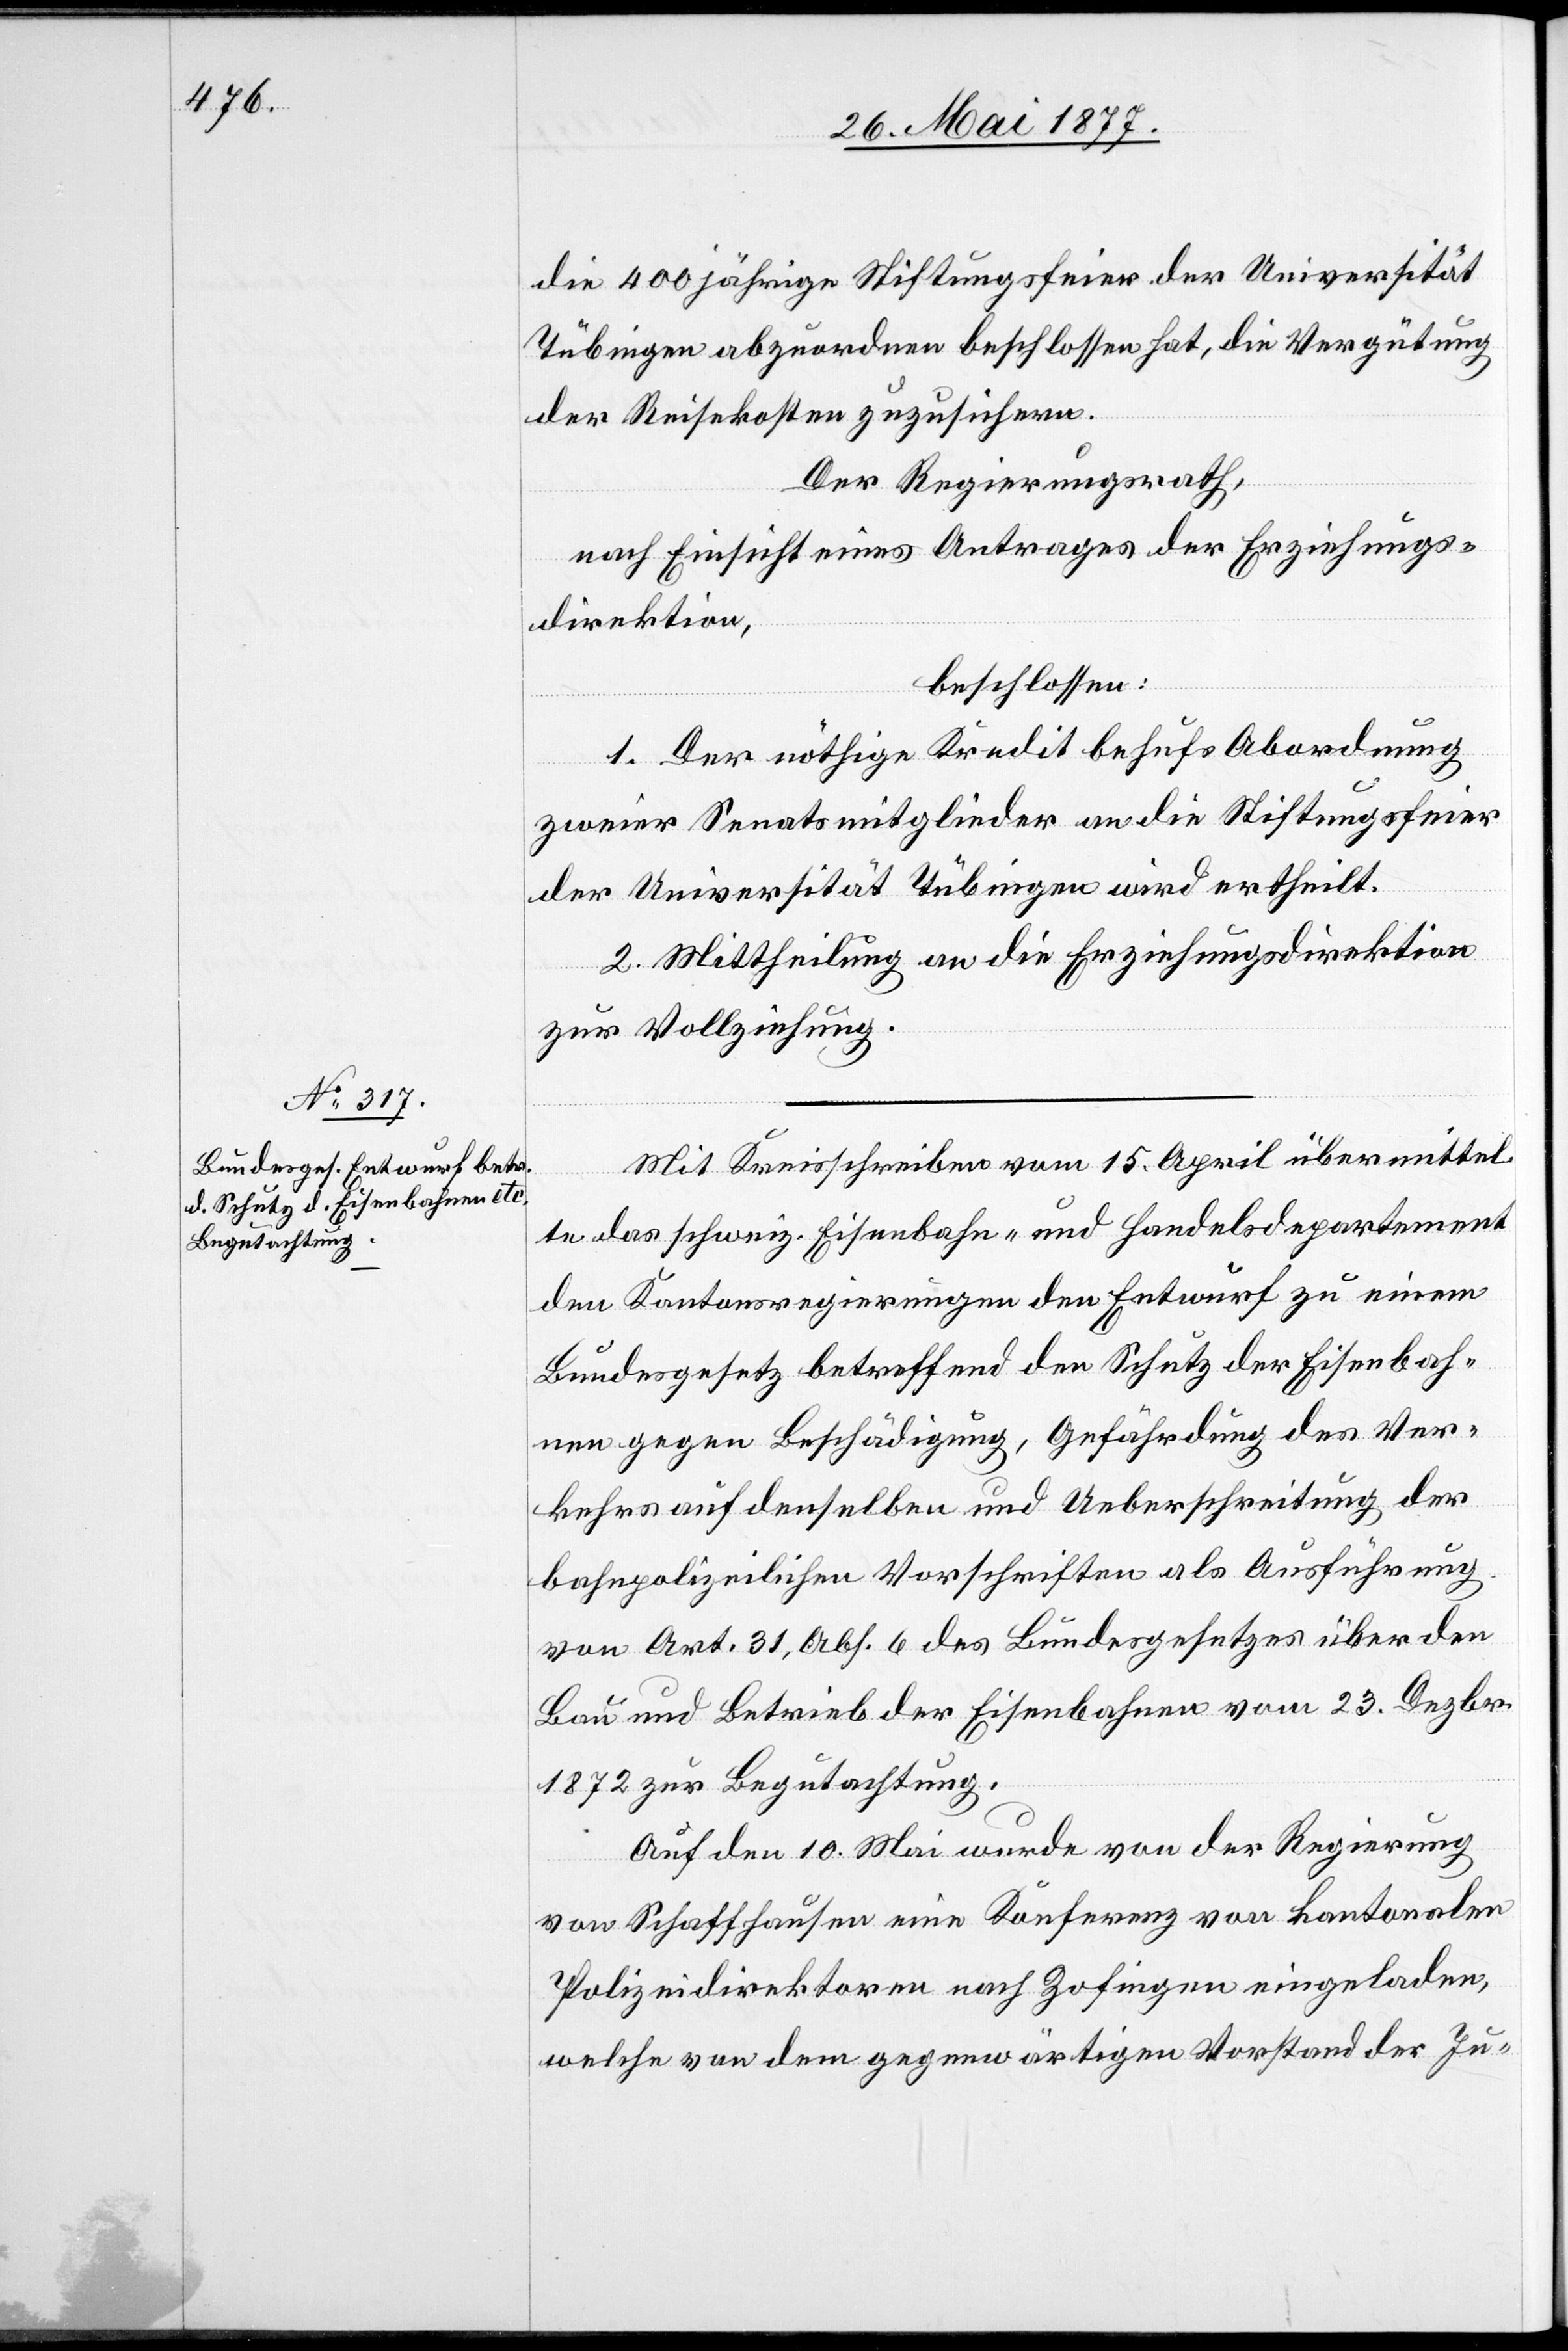
die 400 jährige Stiftungsfeier der Universität
Tübingen abzuordnen beschlossen hat, die Vergütung
der Reisekosten zuzusichern.
Der Regierungsrath,
nach Einsicht eines Antrages der Erziehungs¬
direktion,
beschlossen
1. Der nöthige Kredit behufs Abordnung
zweier Senatsmitglieder an die Stiftungsfeier
der Universität Tübingen wird ertheilt.
2. Mittheilung an die Erziehungsdirektion
zur Vollziehung.
Mit Kreisschreiben vom 15. April übermittel¬
te das schweiz. Eisenbahn- und Handelsdepartement
den Kantonsregierungen den Entwurf zu einem
Bundesgesetz betreffend den Schutz der Eisenbah¬
nen gegen Beschädigung, Gefährdung des Ver¬
kehrs auf denselben und Ueberschreitung der
bahnpolizeilichen Vorschriften als Ausführung
von Art. 31, Abs. 6 des Bundesgesetzes über den
Bau und Betrieb der Eisenbahnen vom 23. Dezbr.
1872 zur Begutachtung.
Auf den 10. Mai wurde von der Regierung
von Schaffhausen eine Konferenz von kantonalen
Polizeidirektoren nach Zofingen eingeladen,
welche von dem gegenwärtigen Vorstand der Ju-